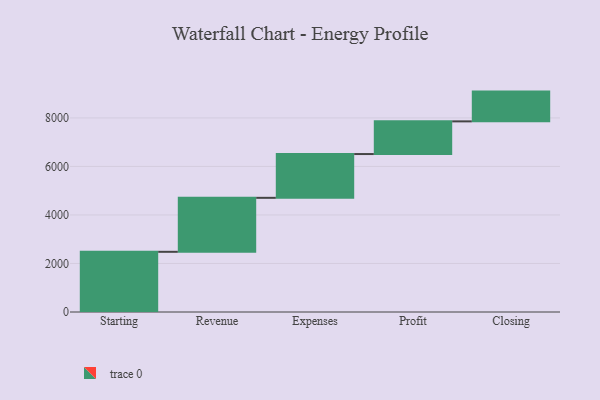
{"axis": {"x": "Step", "y": "Value"}, "legend": [""], "data": [{"x": "Starting", "y": 2481.0, "type": ""}, {"x": "Revenue", "y": 2225.0, "type": ""}, {"x": "Expenses", "y": 1805.0, "type": ""}, {"x": "Profit", "y": 1347.0, "type": ""}, {"x": "Closing", "y": 1227.0, "type": ""}]}